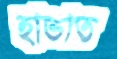
হাভাত